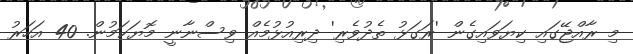
މި ރާއްޖޭގައި ކިޔަވައިގެން 'ރަގަޅު ތެދުވެރި' ދިރިއުޅުމެއް ވިސްނާނީ މޮޔަކަމުން. 40 އަހަރު